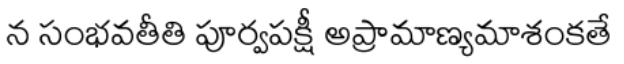
న సంభవతీతి పూర్వపక్షీ అప్రామాణ్యమాశంకతే